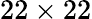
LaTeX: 22\times 22